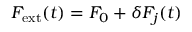
F _ { \mathrm { e x t } } ( t ) = F _ { 0 } + \delta F _ { j } ( t )